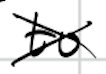
Text: to
Cross-out: cross
Writing tool: digital_black